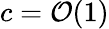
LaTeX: c=\mathcal{O}(1)